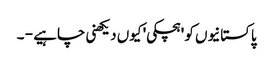
پاکستانیوں کو 'ہچکی' کیوں دیکھنی چاہیے - ۔